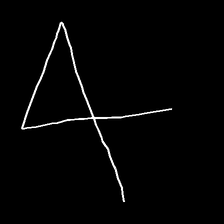
Glyph: collection